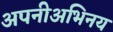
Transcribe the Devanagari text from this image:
अपनीअभिनय